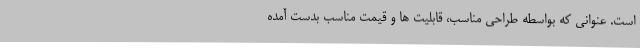
است. عنوانی که بواسطه طراحی مناسب، قابلیت ها و قیمت مناسب بدست آمده